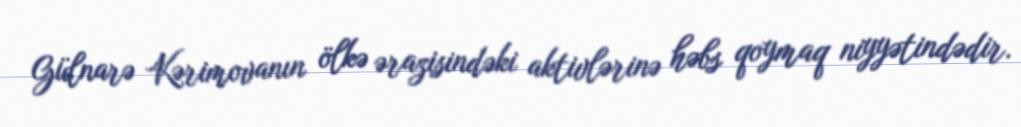
Gülnarə Kərimovanın ölkə ərazisindəki aktivlərinə həbs qoymaq niyyətindədir.